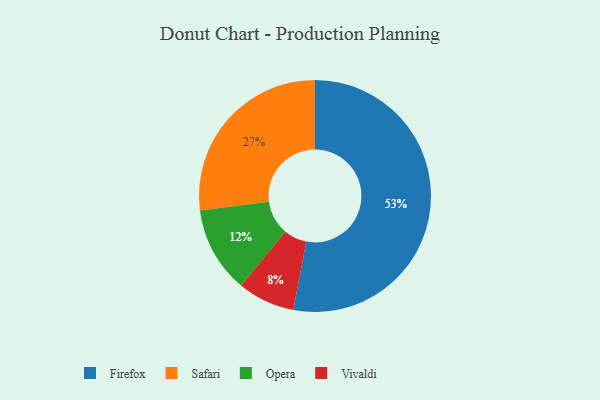
{"axis": {"x": "Category", "y": "Percentage"}, "legend": ["Firefox", "Opera", "Safari", "Vivaldi"], "data": [{"x": "Opera", "y": 12, "type": "Opera"}, {"x": "Firefox", "y": 53, "type": "Firefox"}, {"x": "Safari", "y": 27, "type": "Safari"}, {"x": "Vivaldi", "y": 8, "type": "Vivaldi"}]}